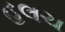
હલચ